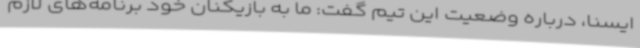
ایسنا، درباره وضعیت این تیم گفت: ما به بازیکنان خود برنامه‌های لازم